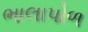
ભાલાપોળ